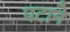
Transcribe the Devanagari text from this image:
पटाने